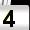
Digit: 4